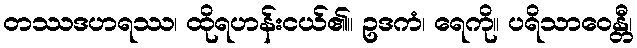
တဿဒဟရဿ၊ ထိုရဟန်းငယ်၏။ ဥဒကံ၊ ရေကို။ ပရိသာဝေန္တီ၊